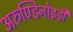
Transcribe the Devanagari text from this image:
अरुण्डिनोइडी